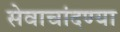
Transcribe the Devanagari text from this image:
सेवाचांदण्या